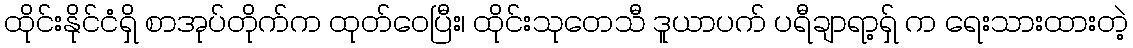
ထိုင်းနိုင်ငံရှိ စာအုပ်တိုက်က ထုတ်ဝေပြီး၊ ထိုင်းသုတေသီ ဒူယာပက် ပရီချာရာ့ရှ် က ရေးသားထားတဲ့